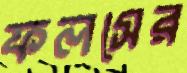
ফলসের